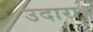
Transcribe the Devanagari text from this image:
उदारा।